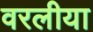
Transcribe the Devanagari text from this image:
वरलीया